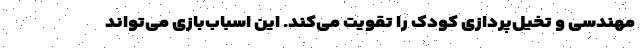
مهندسی و تخیل‌پردازی کودک را تقویت می‌کند. این اسباب‌بازی می‌تواند